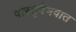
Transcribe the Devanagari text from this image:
वास्तुवैभवात